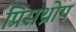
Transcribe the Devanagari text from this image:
प्रिसथ्रोप